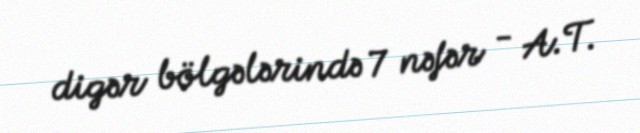
digər bölgələrində 7 nəfər - A.T.